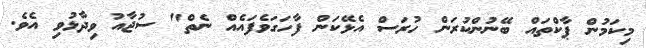
މިކަމުން ޕާކްތައް ބޭނުންކުރަން ހުރަސް އެޅޭކަން ފާހަގަވެފައެއް ނެތް" ސުޖާއު ވިދާޅުވި އެވެ.